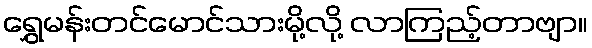
ရွှေမန်းတင်မောင်သားမို့လို့ လာကြည့်တာဗျာ။